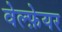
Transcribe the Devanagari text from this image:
वेल्फ़ेयर